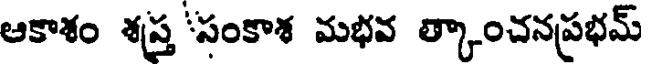
ఆకాశం శస్త్ర 'సంకాశ మభవ త్కాంచనప్రభమ్